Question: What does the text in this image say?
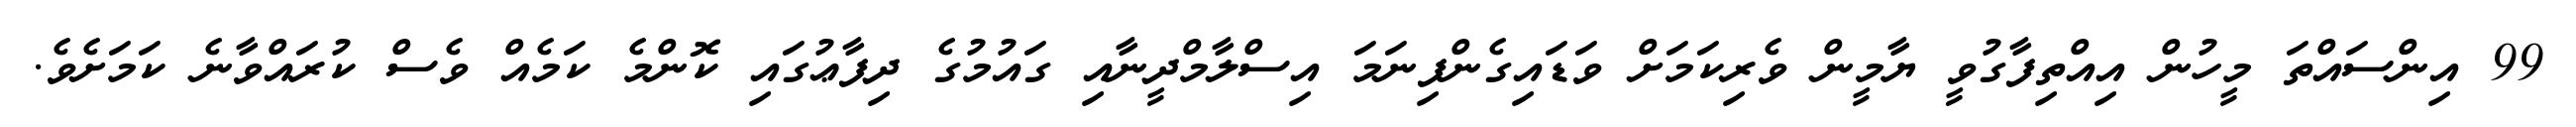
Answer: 99 އިންސައްތަ މީހުން އިއްތިފާގުވީ ޔާމީން ވެރިކަމަށް ވަޑައިގެންފިނަމަ އިސްލާމްދީނާއި ގައުމުގެ ދިފާޢުގައި ކޮންމެ ކަމެއް ވެސް ކުރައްވާނެ ކަމަށެވެ.